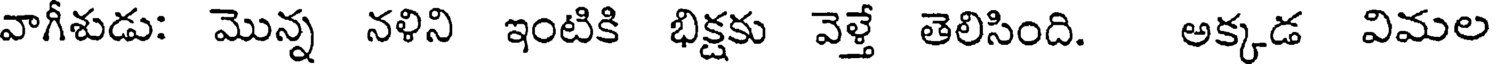
వాగీశుడు: మొన్న నళిని ఇంటికి భిక్షకు వెళ్తే తెలిసింది. అక్కడ విమల